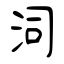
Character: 泀